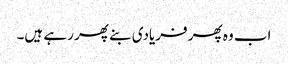
اب وہ پھر فریادی بنے پھر رہے ہیں۔